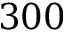
3 0 0